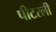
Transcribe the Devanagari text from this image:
पीटरली